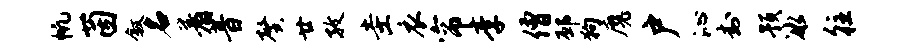
帆茵叙名着音馨廿孜圭衣帘李僧邳狗魔户沁封预冰往